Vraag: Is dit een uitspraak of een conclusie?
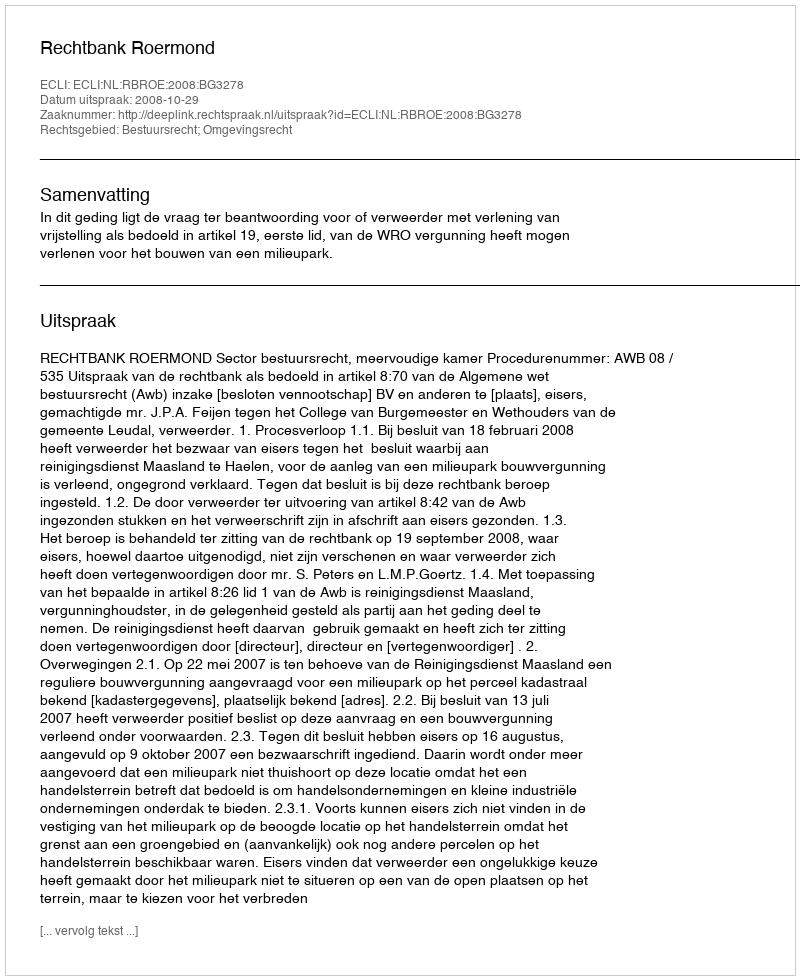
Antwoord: Uitspraak